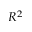
R ^ { 2 }